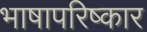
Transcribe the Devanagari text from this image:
भाषापरिष्कार